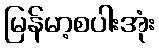
မြန်မာ့စပါးအုံး